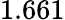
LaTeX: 1.661